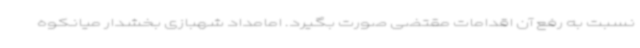
نسبت به رفع آن اقدامات مقتضی صورت بگیرد. امامداد شهبازی بخشدار میانکوه